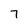
Character: 7